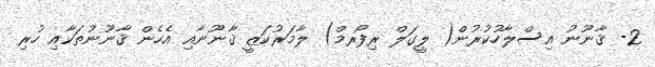
2- ޤާނޫނު އިސްލާހުކުރުން( ލީގަލް ރިފޯރމް) ލާމަރުކަޒީ ޤާނޫނާއި އެހެން ޤާނޫނުތަކާއި ހުރި